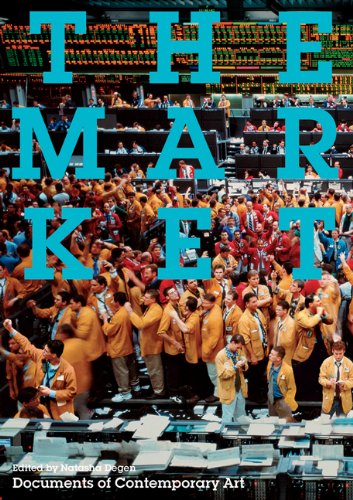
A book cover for The Market (Whitechapel: Documents of Contemporary Art); Arts & Photography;